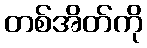
တစ်အိတ်ကို